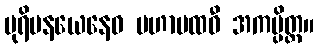
ပုရိမနယေနေဝ မဟာပထဝီ အကမ္ပိတ္ထ။